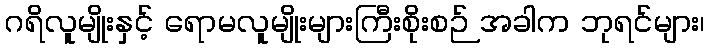
ဂရိလူမျိုးနှင့် ရောမလူမျိုးများကြီးစိုးစဉ် အခါက ဘုရင်များ၊